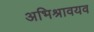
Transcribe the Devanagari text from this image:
अभिश्रावयव